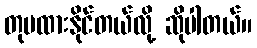
တုပထားနိုင်တယ်လို့ ဆိုပါတယ်။